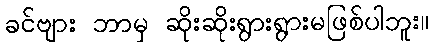
ခင်ဗျား ဘာမှ ဆိုးဆိုးရွားရွားမဖြစ်ပါဘူး။